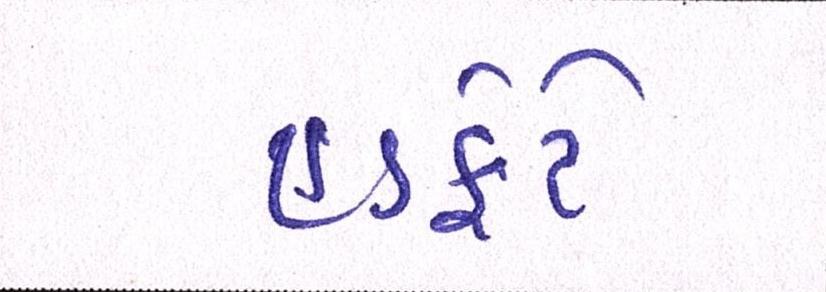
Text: હડફેટે